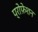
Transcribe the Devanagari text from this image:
प्रोफ़ेशन